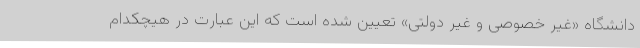
دانشگاه «غیر خصوصی و غیر دولتی» تعیین شده است که این عبارت در هیچکدام